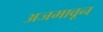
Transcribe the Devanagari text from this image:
अजमावून